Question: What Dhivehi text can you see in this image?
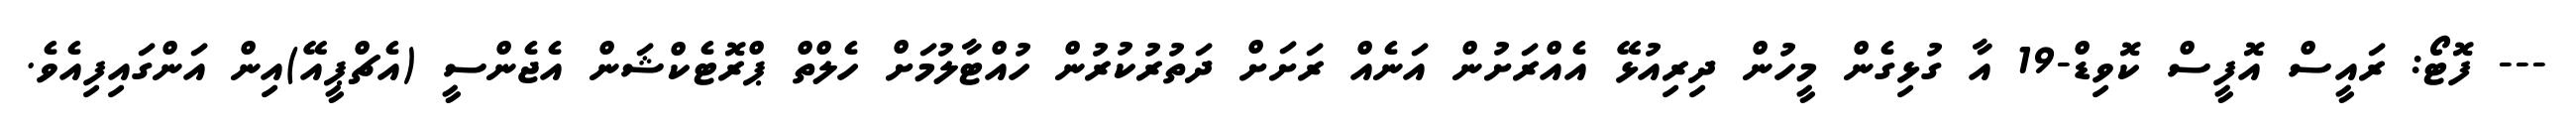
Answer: --- ފޮޓޯ: ރައީސް އޮފީސް ކޮވިޑް-19 އާ ގުޅިގެން މީހުން ދިރިއުޅޭ އެއްރަށުން އަނެއް ރަށަށް ދަތުރުކުރުން ހުއްޓާލުމަށް ހެލްތް ޕްރޮޓެކްޝަން އެޖެންސީ (އެޗްޕީއޭ)އިން އަންގައިފިއެވެ.